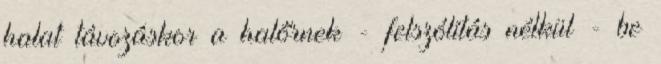
halat távozáskor a halőrnek - felszólítás nélkül - be